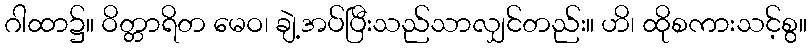
ဂါထာ၌။ ဝိတ္တာရိတ မေဝ၊ ချဲ့အပ်ပြီးသည်သာလျှင်တည်း။ ဟိ၊ ထိုစကားသင့်စွ။